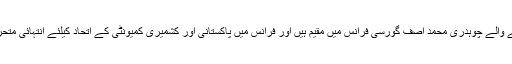
ضلع گجرات سے تعلق رکھنے والے چوہدری محمد آصف گورسی فرانس میں مقیم ہیں اور فرانس میں پاکستانی اور کشمیری کمیونٹی کے اتحاد کیلئے انتہائی متحرک کردار ادا کرتے آئے ہیں ۔